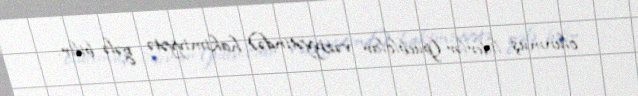
olunmuş liderlər (pueblolar vəziyyətində) hakimiyyətə gələ bilir.